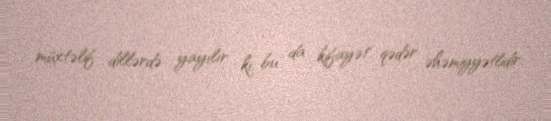
müxtəlif dillərdə yayılır ki, bu da kifayət qədər əhəmiyyətlidir.